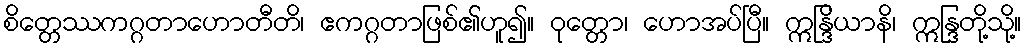
စိတ္တေဿကဂ္ဂတာဟောတီတိ၊ ဧကဂ္ဂတာဖြစ်၏ဟူ၍။ ဝုတ္တော၊ ဟောအပ်ပြီ။ ဣန္ဒြိယာနိ၊ ဣန္ဒြတို့သို့။